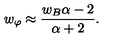
w _ { \varphi } \approx \frac { w _ { B } \alpha - 2 } { \alpha + 2 } .